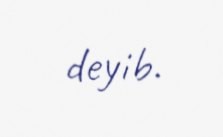
deyib.